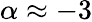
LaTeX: \alpha\approx-3